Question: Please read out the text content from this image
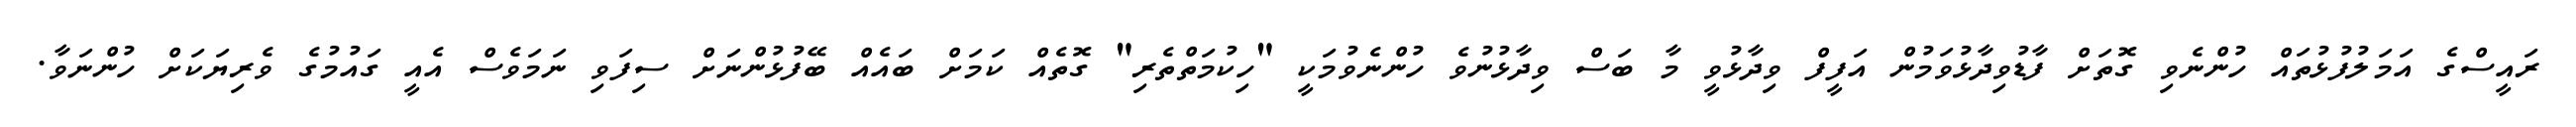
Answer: ރައީސްގެ އަމަލުފުޅުތައް ހުންނެވި ގޮތަށް ފާޑުވިދާޅުވަމުން އަފީފް ވިދާޅުވީ މާ ބަސް ވިދާޅުނުވެ ހުންނެވުމަކީ "ހިކުމަތްތެރި" ގޮތެއް ކަމަށް ބައެއް ބޭފުޅުންނަށް ސިފަވި ނަމަވެސް އެއީ ގައުމުގެ ވެރިޔަކަށް ހުންނަވާ.